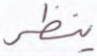
ينظر